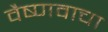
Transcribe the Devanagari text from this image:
वैष्णवाचा